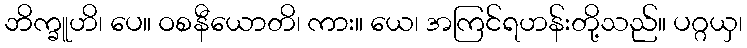
ဘိက္ခူဟိ၊ ပေ။ ဝစနီယောတိ၊ ကား။ ယေ၊ အကြင်ရဟန်းတို့သည်။ ပဂ္ဂယှ၊